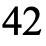
42